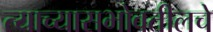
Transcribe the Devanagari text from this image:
त्याच्यासभोवतीलचे